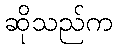
ဆိုသည်က